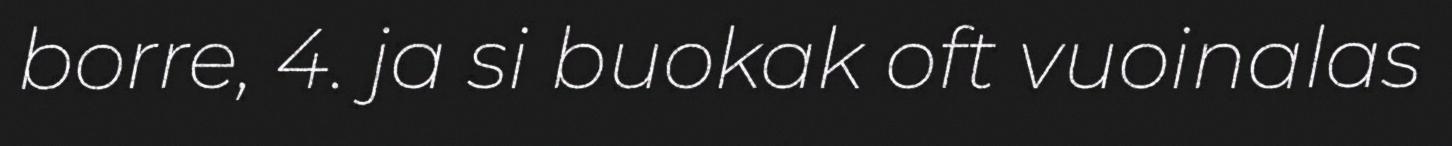
borre, 4. ja si buokak oft vuoinalas